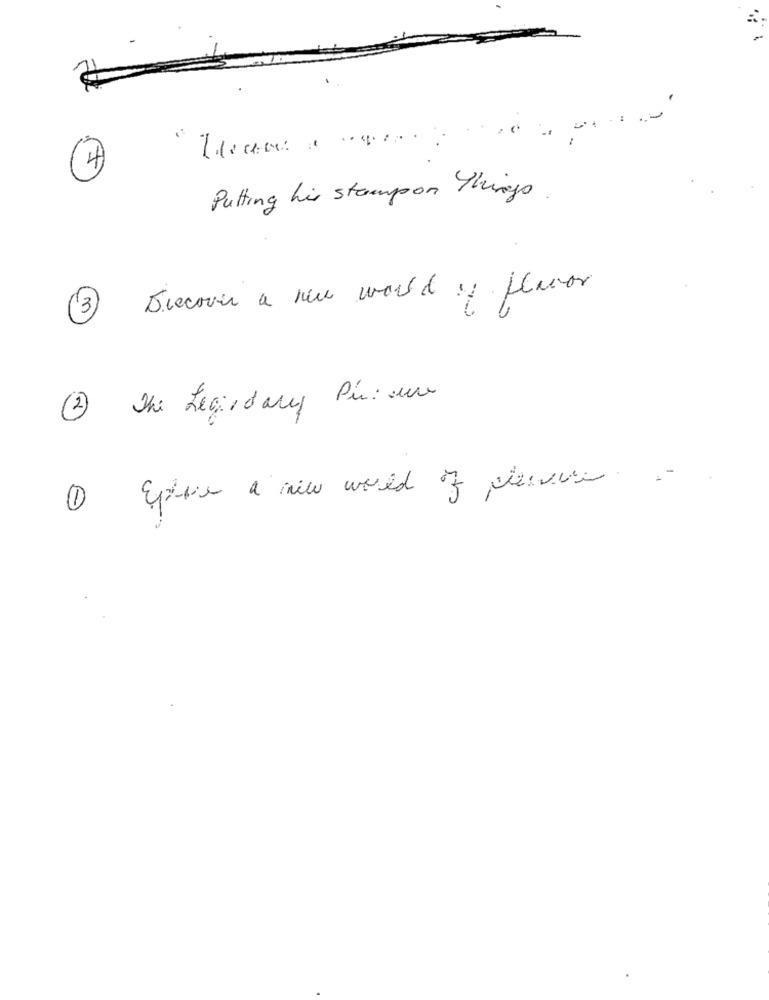
Putting his stampon things.
3 Diecover a new world y flavor
2 The Legendary Pin: un
1 Eque a new world of pleasure .-